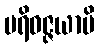
ပရိဝဇ္ဇယာမိ